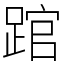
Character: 䠉